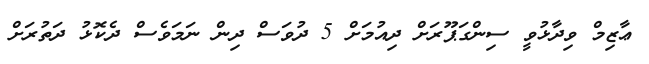
ޢާޒިމް ވިދާޅުވީ ސިންގަޕޫރަށް ދިއުމަށް 5 ދުވަސް ދިން ނަމަވެސް ދެކޮޅު ދަތުރަށް